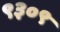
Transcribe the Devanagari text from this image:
९३०९